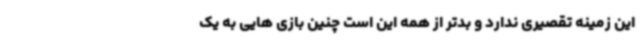
این زمینه تقصیری ندارد و بدتر از همه این است چنین بازی هایی به یک